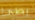
بطئ